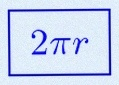
2\pi r